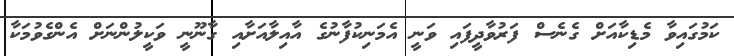
ކަމުގައިވާ މެޑިކާއަށް ގެނެސް ފަރުވާދީފައި ވަނީ އެމަނިކުފާނުގެ އާއިލާއަށާއި ގާނޫނީ ވަކީލުންނަށް އެންގެވުމަކާ